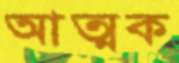
আত্মক